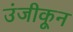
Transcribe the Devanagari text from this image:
उंजीकून